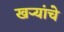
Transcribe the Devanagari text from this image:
खर्‍यांचे